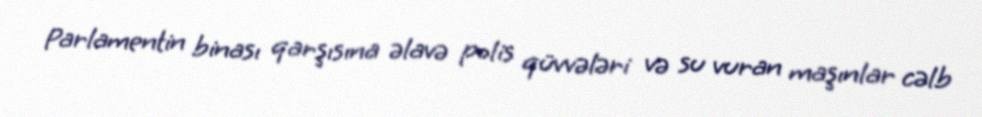
Parlamentin binası qarşısına əlavə polis qüvvələri və su vuran maşınlar cəlb